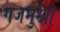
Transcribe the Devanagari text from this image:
गजमुखी